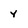
Character: y